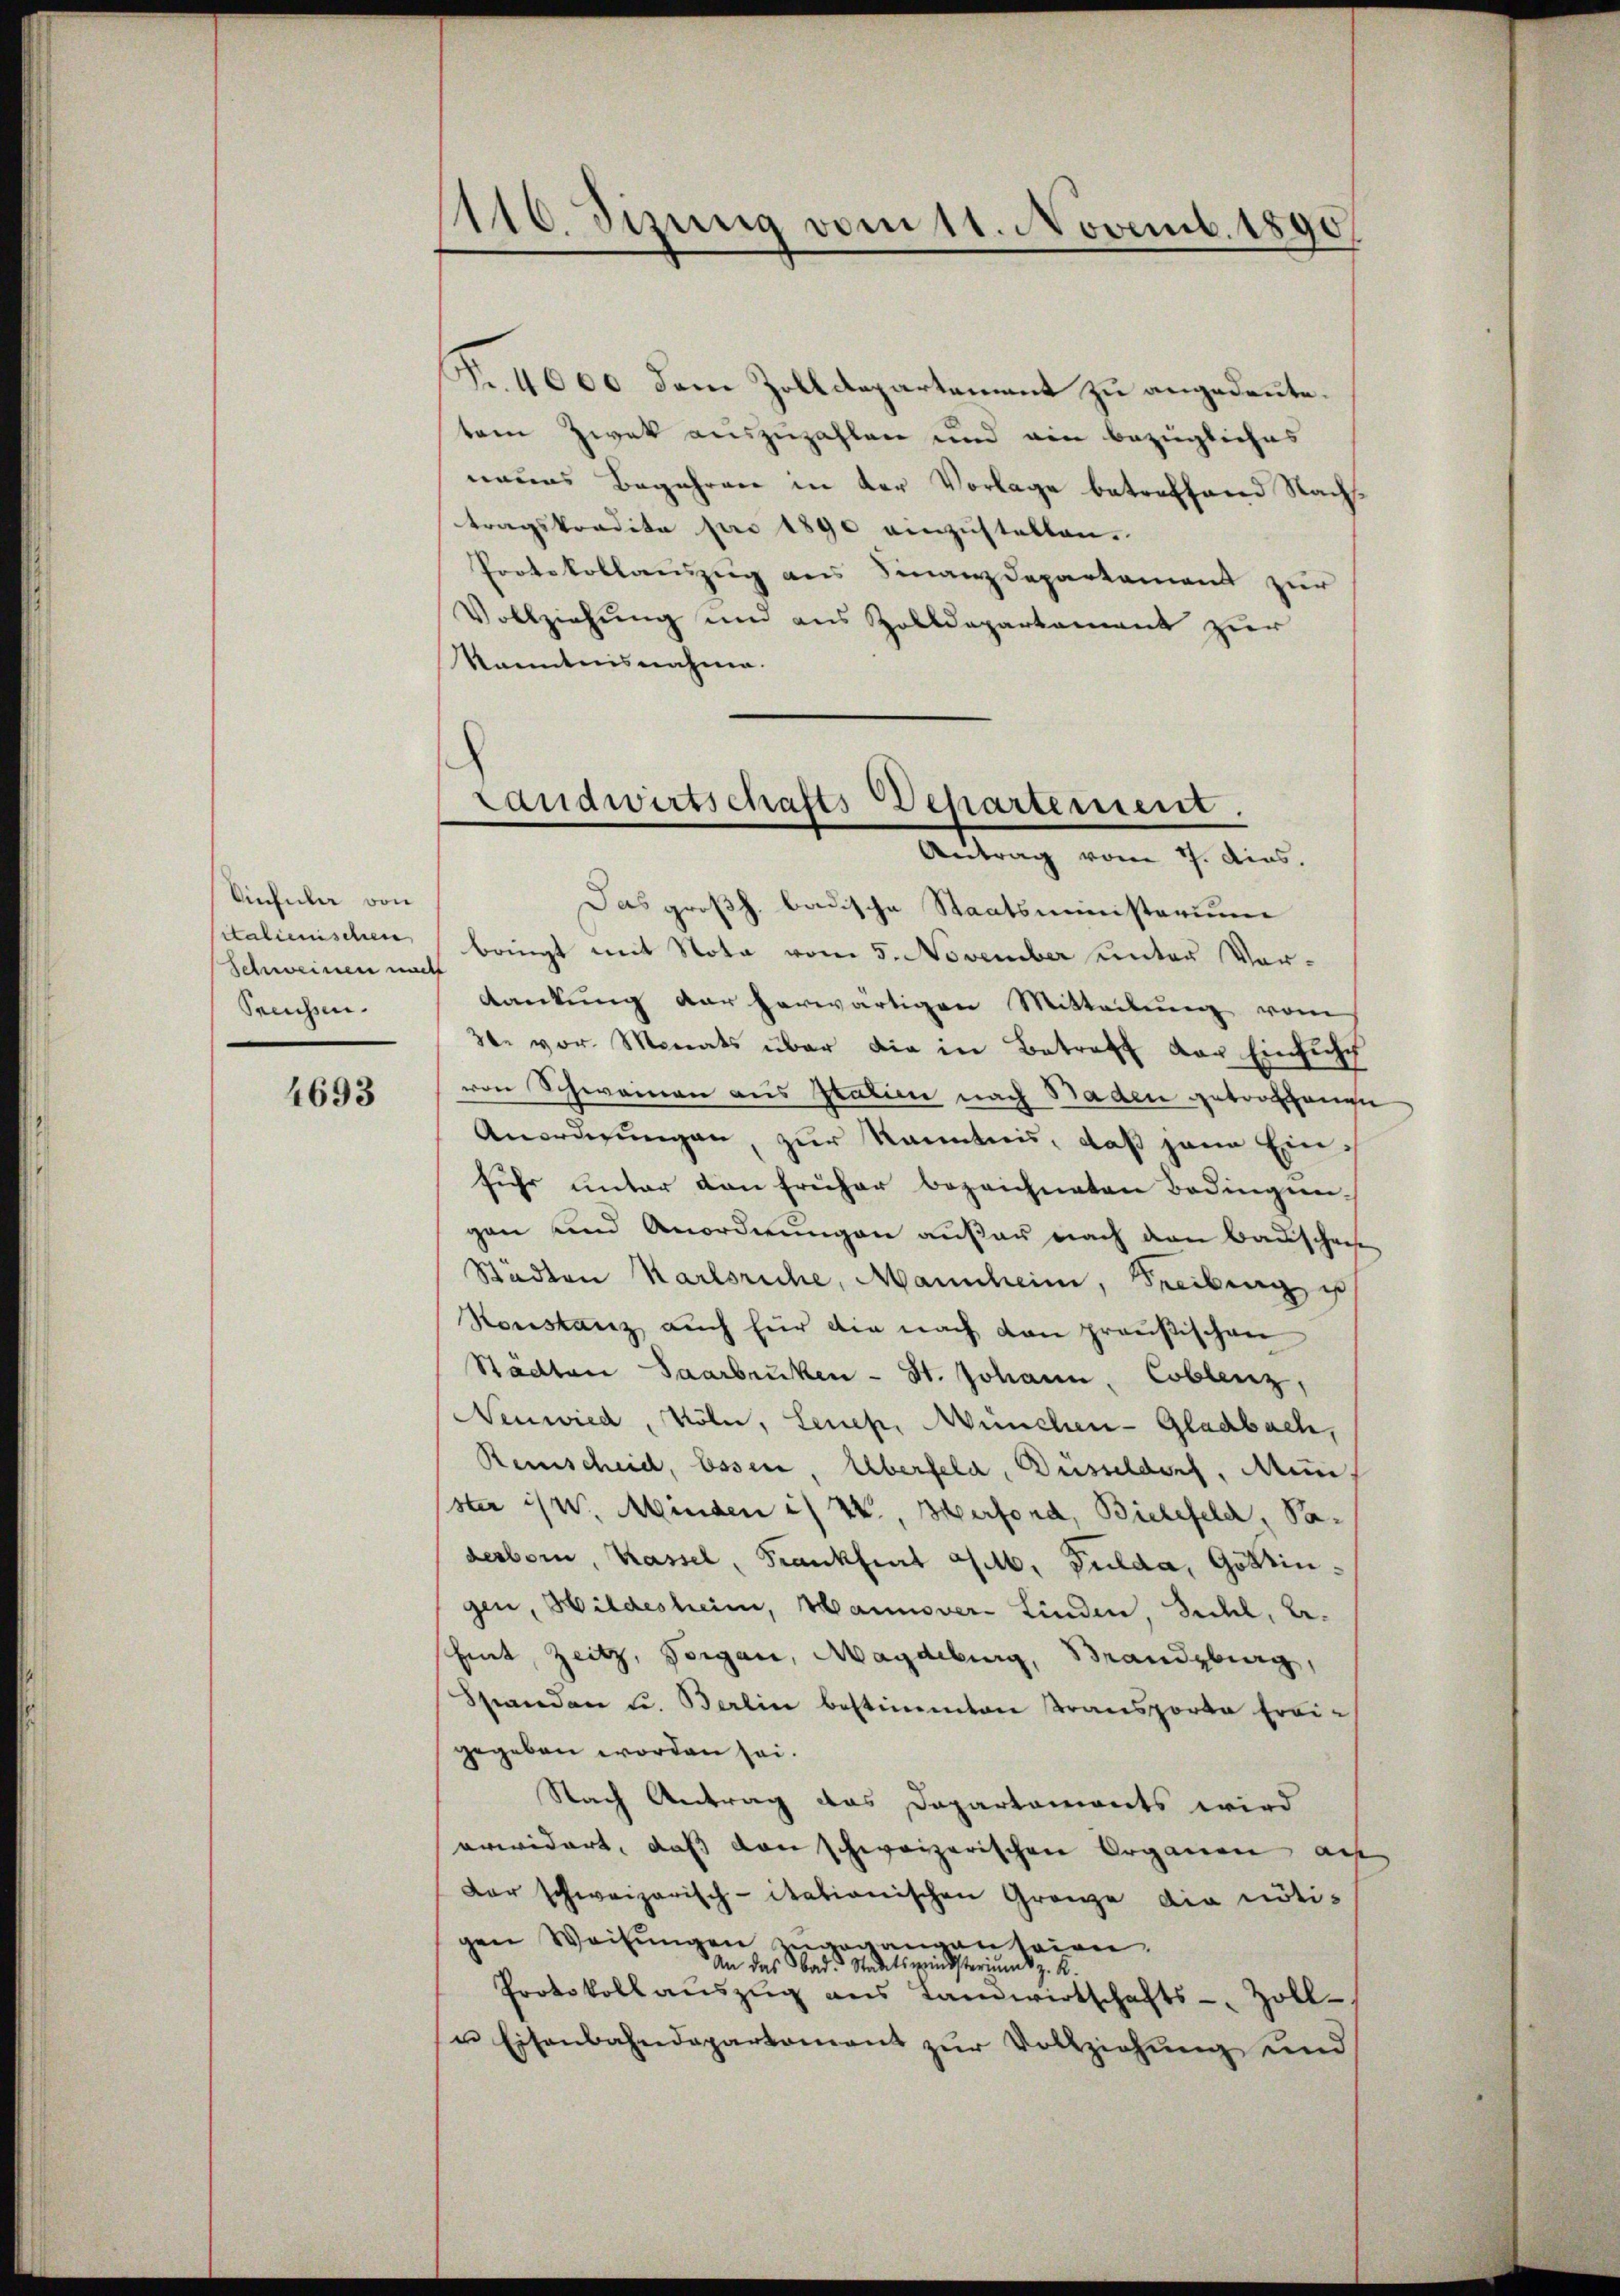
Vinfula von
italienischen
Schweinen nach
Seuchen.

4693

Fr. 4000 dem Zolldepartement zu angedeute.
tem Zwek auszuzahlen und ain bezügliches
naues Begehren in der Vorlage betreffend Nachstragskredite pro 1890 einzustellen.
Protokollauszug aus Finanzdepartament zur
Vollziehung und aus Zolldepartament zur
kanntnisnahme.

1116. Sizung vom 11. Novemb. 1890

Landwirtschafts-Departement.

Antrag vom 7. Ains.
Das großh. badische Staatsministerium
bringt mit Nota vom 5. November unter Vordankung der herwärtigen Mitteilung vom
30. vor. Monats über die in Betreff der Einsicht
von Schweinen aus Statien nach Baden getroffenen
Anordnŭngen, zŭr kanntnis, daß jene Ein
fuhr unter den früher bezeichneten Bedingen-
gan und Anordnungen außer nach den Bauschaf
Städten Karlsruhe, Mannheim, Freibung u
Konstanz auch für die nach den preußischen
Städten Saarbrüken - St. Johann, Coblenz,
Neuwied, Köln, Leuch, München-Gladbach,
Reinscheid, Essen, Überfeld, Düsseldorf, Men,
ster ist. Minden is IV., Herford, Bielefeld, Pa-
desborn, Kassel, Frankheit geb. Fulda, Göttingen, Wildesheim, Hannover-Linden, Sichl, be¬
Eint, Zeitz, Vorgan, Magdeburg, Brandzburg,
Standen u. Berlin bestimmten Transporte Freigegeben worden sei.
Nach Antrag das Dapartaments wird
erwidert, dass dann schweizerischen Organen au
dar schweizerisch-itationischen Grenze die nötigen Weisŭngen zugegangen seien.
An das Bad. Stadtswindsteriums z. K.
Protokoll aŭszŭg ans Landwirtschafts-Zoll-
u Eisenbahndepartement zur Vollziehung und